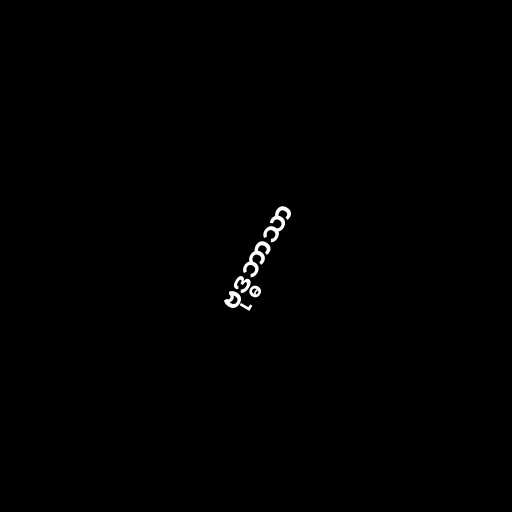
ဗုဒ္ဓဘာသာ